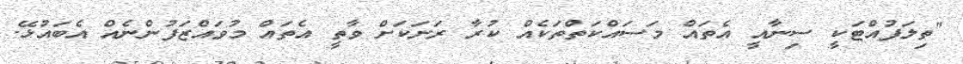
"ތިލަފުއްޓަކީ ސިނާއީ އެތައް މަސައްކަތްތަކެއް ކުރާ ރަށަކަށް ވާތީ އެތައް މުވައްޒަފުންނެއް އެބައުޅޭ.